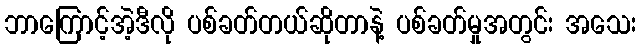
ဘာကြောင့်အဲ့ဒီလို ပစ်ခတ်တယ်ဆိုတာနဲ့ ပစ်ခတ်မှုအတွင်း အသေး